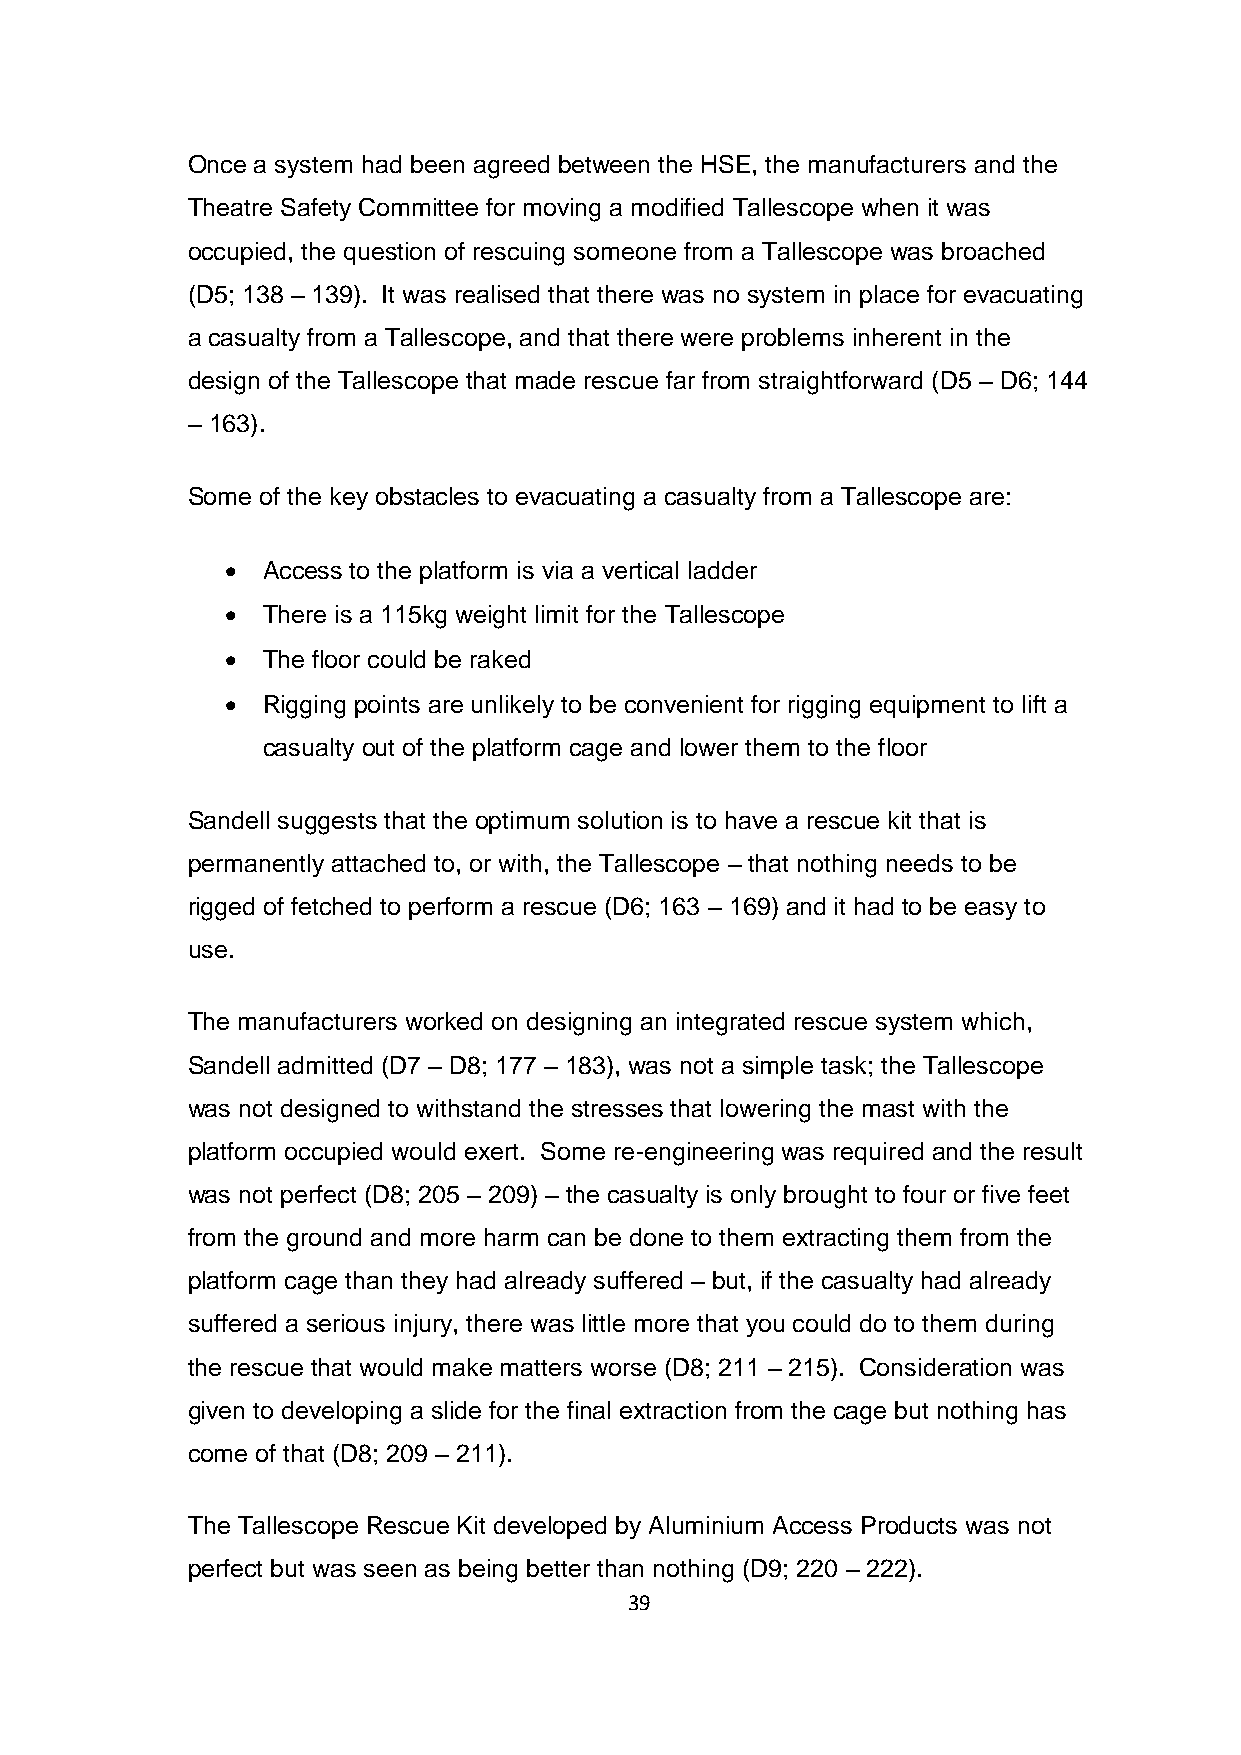
Once a system had been agreed between the HSE, the manufacturers and the
 Theatre Safety Committee for moving a modified Tallescope when it was
 occupied, the question of rescuing someone from a Tallescope was broached
 (D5; 138 – 139). It was realised that there was no system in place for evacuating
 a casualty from a Tallescope, and that there were problems inherent in the
 design of the Tallescope that made rescue far from straightforward (D5 – D6; 144
 – 163).
 Some of the key obstacles to evacuating a casualty from a Tallescope are:
  Access to the platform is via a vertical ladder
  There is a 115kg weight limit for the Tallescope
  The floor could be raked
  Rigging points are unlikely to be convenient for rigging equipment to lift a
 casualty out of the platform cage and lower them to the floor
 Sandell suggests that the optimum solution is to have a rescue kit that is
 permanently attached to, or with, the Tallescope – that nothing needs to be
 rigged of fetched to perform a rescue (D6; 163 – 169) and it had to be easy to
 use.
 The manufacturers worked on designing an integrated rescue system which,
 Sandell admitted (D7 – D8; 177 – 183), was not a simple task; the Tallescope
 was not designed to withstand the stresses that lowering the mast with the
 platform occupied would exert. Some re-engineering was required and the result
 was not perfect (D8; 205 – 209) – the casualty is only brought to four or five feet
 from the ground and more harm can be done to them extracting them from the
 platform cage than they had already suffered – but, if the casualty had already
 suffered a serious injury, there was little more that you could do to them during
 the rescue that would make matters worse (D8; 211 – 215). Consideration was
 given to developing a slide for the final extraction from the cage but nothing has
 come of that (D8; 209 – 211).
 The Tallescope Rescue Kit developed by Aluminium Access Products was not
 perfect but was seen as being better than nothing (D9; 220 – 222).
 39